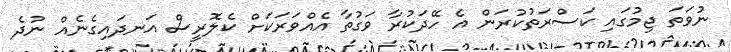
ނުވަތަ ޖިމުގައި ކަސްރަތުކުރަން އެ ހޭދަކުރާ ވަގުތާ އެއްވަރަކަށް ކެލޮރީސް އަނދައިގެނެއް ނުދެ